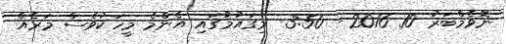
ނޮވެމްބަރު 10